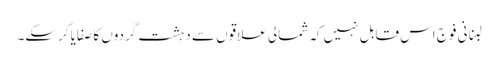
لبنانی فوج اس قابل نہیں کہ شمالی علاقوں سے دہشت گردوں کا صفایا کرسکے۔